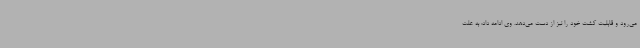
می‌رود و قابلیت کشت خود را نیز از دست می‌دهد. وی ادامه داد: به علت